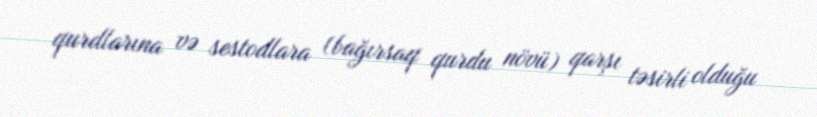
qurdlarına və sestodlara (bağırsaq qurdu növü) qarşı təsirli olduğu